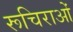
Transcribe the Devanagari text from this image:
रूचिराओं